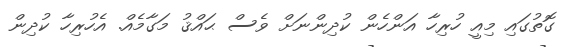
ގޮތުގައި މިއީ ހުރިހާ އަންހެން ކުދިންނަށް ވެސް ޙައްޤު މަގާމެއް. އެހުރިހާ ކުދިން